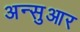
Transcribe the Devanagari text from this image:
अन्सुआर